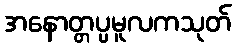
အနောတ္တပ္ပမူလကသုတ်